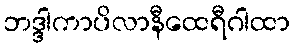
ဘဒ္ဒါကာပိလာနီထေရီဂါထာ